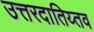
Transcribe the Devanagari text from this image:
उत्तरदातिय्तव